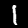
Label: 1